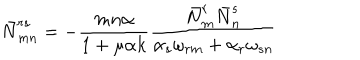
\bar { N } _ { m n } ^ { r s } = - { \frac { m n \alpha } { 1 + \mu \alpha k } } { \frac { \bar { N } _ { m } ^ { r } \bar { N } _ { n } ^ { s } } { \alpha _ { s } \omega _ { r m } + \alpha _ { r } \omega _ { s n } } }